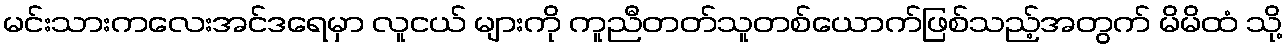
မင်းသားကလေးအင်ဒရေမှာ လူငယ် များကို ကူညီတတ်သူတစ်ယောက်ဖြစ်သည့်အတွက် မိမိထံ သို့